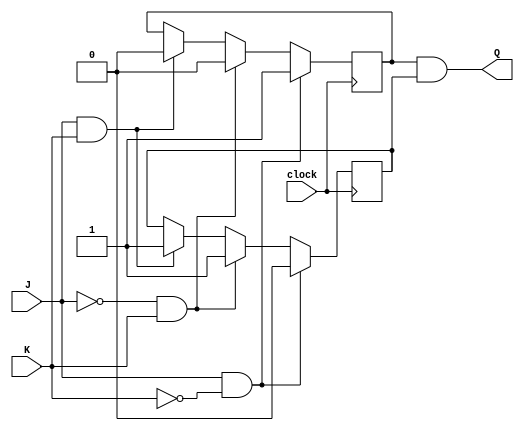
module JKLatch(
    input wire J,
    input wire K,
    input wire clock,
    
    output reg Q
);

reg Q1, Q2;

always @(posedge clock) begin
    if (J && !K) begin
        Q1 <= 1'b1;
        Q2 <= 1'b0;
    end else if (!J && K) begin
        Q1 <= 1'b0;
        Q2 <= 1'b1;
    end else if (J && K) begin
        Q1 <= 1'b0;
        Q2 <= 1'b1;
    end else begin
        Q1 <= Q1;
        Q2 <= Q2;
    end
end

assign Q = Q1 & Q2;

endmodule